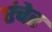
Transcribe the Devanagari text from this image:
एंचेर